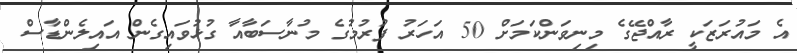
އެ މައުރަޒަކީ ރާއްޖޭގެ މިނިވަންކަމަށް 50 އަހަރު ފުރުމުގެ މުނާސަބާއާ ގުޅުވައިގެން އައިލެންޑާސް